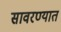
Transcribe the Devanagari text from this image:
सावरण्यात